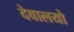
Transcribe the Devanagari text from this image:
देवालयो